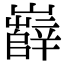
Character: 𡾦